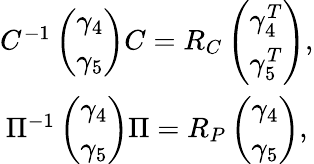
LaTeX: \begin{array}{c}{{C^{-1}\left(\begin{array}{c}{{\gamma_{4}}}\\ {{\gamma_{5}}}\end{array}\right)C=R_{C}\left(\begin{array}{c}{{\gamma_{4}^{T}}}\\ {{\gamma_{5}^{T}}}\end{array}\right),}}\\ {{\Pi^{-1}\left(\begin{array}{c}{{\gamma_{4}}}\\ {{\gamma_{5}}}\end{array}\right)\Pi=R_{P}\left(\begin{array}{c}{{\gamma_{4}}}\\ {{\gamma_{5}}}\end{array}\right),}}\end{array}